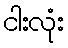
ငါးလုံး